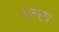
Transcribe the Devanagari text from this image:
एल्टा